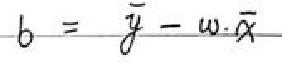
$b = \bar{y} - w \cdot \bar{x}$